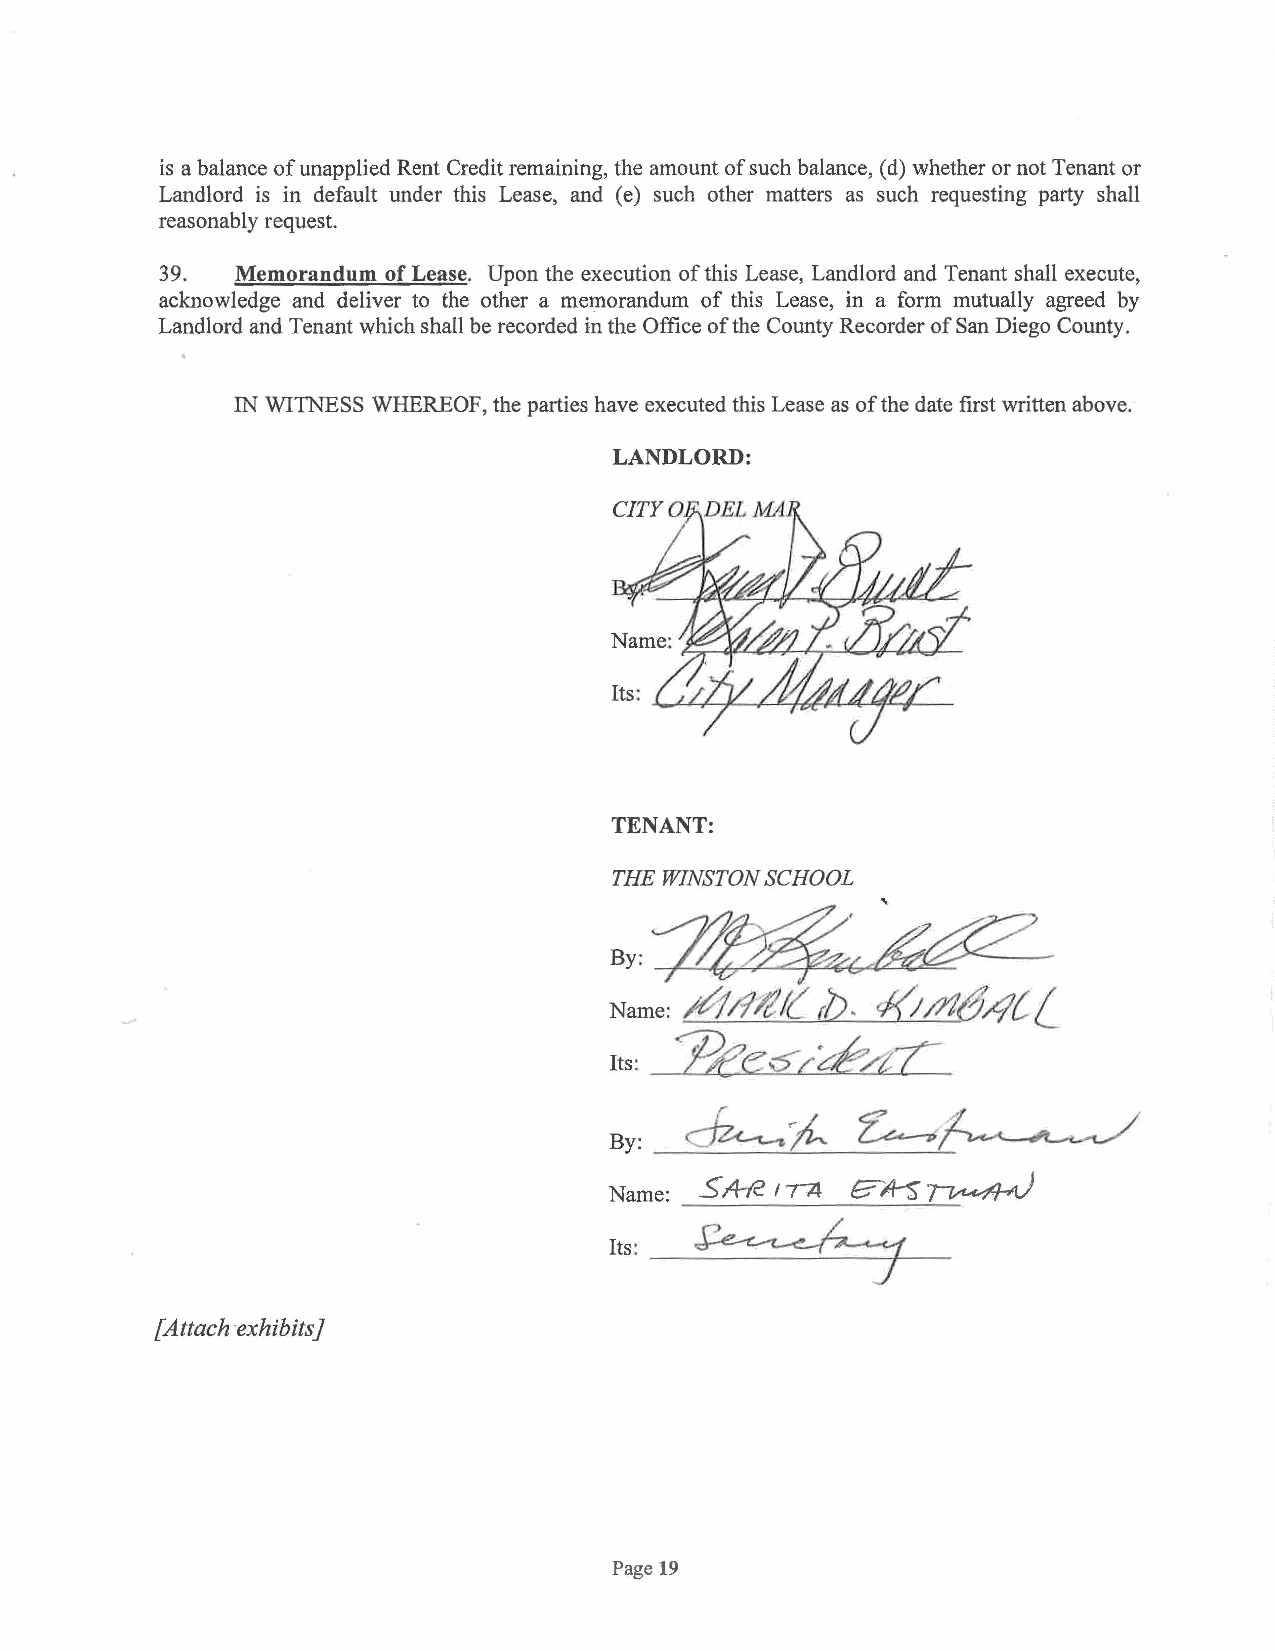
is a balance of unapplied Rent Credit remaining, the amount of such balance, ( d) whether or not Tenant or
 Landlord is in default under this Lease, and ( e) such other matters as such requesting party shall
 reasonably request.
 39.  Memorandum of Lease. Upon the execution of this Lease, Landlord and Tenant shall execute,
 acknowledge and deliver to the other a memorandum of this Lease, in a form mutually agreed by
 Landlord and Tenant which shall be recorded in the Office of the County Recorder of San Diego County.
 IN WITNESS WHEREOF, the parties have executed this Lease as of the date first written above.
 LANDLORD:
 TENANT:
 THE WINSTON SCHOOL
 By:    ~       6      ~
 /4&/t/{  rb. c/(i/7164{{_
 Name:
 P~e-sc~L
 Its:
 ~1/h
 ~~
 By:
 Name: _5A-f2 IT'A g-'/1-S~
 Its:_~-----
 [Attach exhibits]
 Page 19